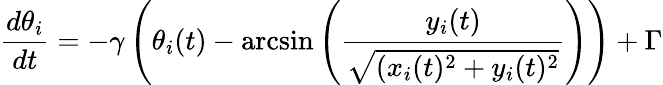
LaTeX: \frac{d\theta_{i}}{dt}=-\gamma\left(\theta_{i}(t)-\arcsin\left(\frac{y_{i}(t)}{\sqrt{(x_{i}(t)^{2}+y_{i}(t)^{2}}}\right)\right)+\Gamma